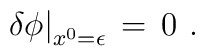
\left.\delta \phi\right|_{x^0 = \epsilon}\,=\,0\,\,.